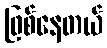
ဖြစ်နေတယ်